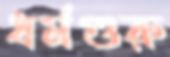
ধর্মগুরু